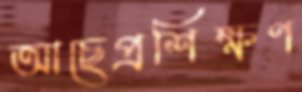
আছেপ্রশিক্ষণ